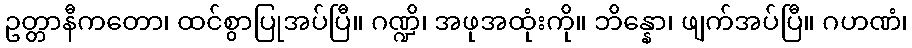
ဥတ္တာနီကတော၊ ထင်စွာပြုအပ်ပြီ။ ဂဏ္ဍိ၊ အဖုအထုံးကို။ ဘိန္နော၊ ဖျက်အပ်ပြီ။ ဂဟဏံ၊